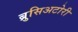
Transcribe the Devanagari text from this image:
ब्रुसिअटोरी